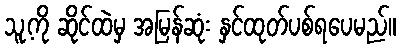
သူ့ကို ဆိုင်ထဲမှ အမြန်ဆုံး နှင်ထုတ်ပစ်ရပေမည်။